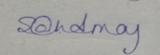
Signature authenticity: genuine